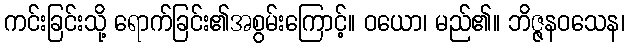
ကင်းခြင်းသို့ ရောက်ခြင်း၏အစွမ်းကြောင့်။ ဝယော၊ မည်၏။ ဘိဇ္ဇနဝသေန၊